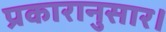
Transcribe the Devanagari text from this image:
प्रकारानुसार।